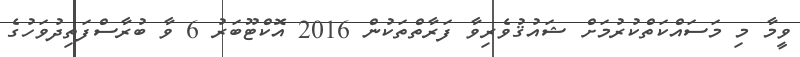
ވީމާ މި މަސައްކަތްކުރުމަށް ޝައުޤުވެރިވާ ފަރާތްތަކުން 2016 އޮކްޓޫބަރު 6 ވާ ބުރާސްފަތިދުވަހުގެ